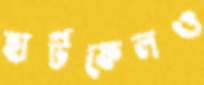
হার্টফেলও